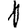
Digit: 1